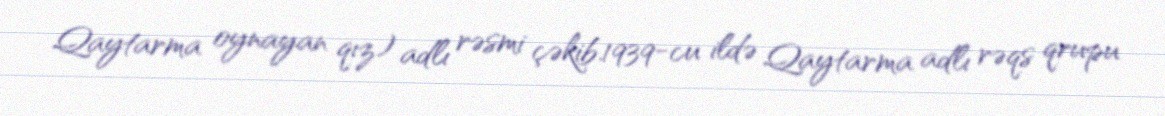
Qaytarma oynayan qız) adlı rəsmi çəkib.1939-cu ildə Qaytarma adlı rəqs qrupu